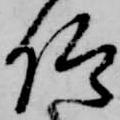
仰